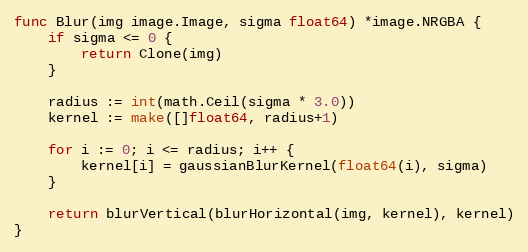
Language: Go
func Blur(img image.Image, sigma float64) *image.NRGBA {
	if sigma <= 0 {
		return Clone(img)
	}

	radius := int(math.Ceil(sigma * 3.0))
	kernel := make([]float64, radius+1)

	for i := 0; i <= radius; i++ {
		kernel[i] = gaussianBlurKernel(float64(i), sigma)
	}

	return blurVertical(blurHorizontal(img, kernel), kernel)
}